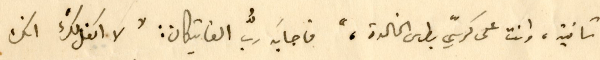
ثانية، وانت على كرسيّ بطرس الخالدة،" فاجابَه ربُّ الفاتيكان: "لا اكفل لكَ انك